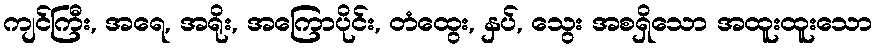
ကျင်ကြီး, အရေ, အရိုး, အကြောပိုင်း, တံထွေး, နှပ်, သွေး အစရှိသော အထူးထူးသော